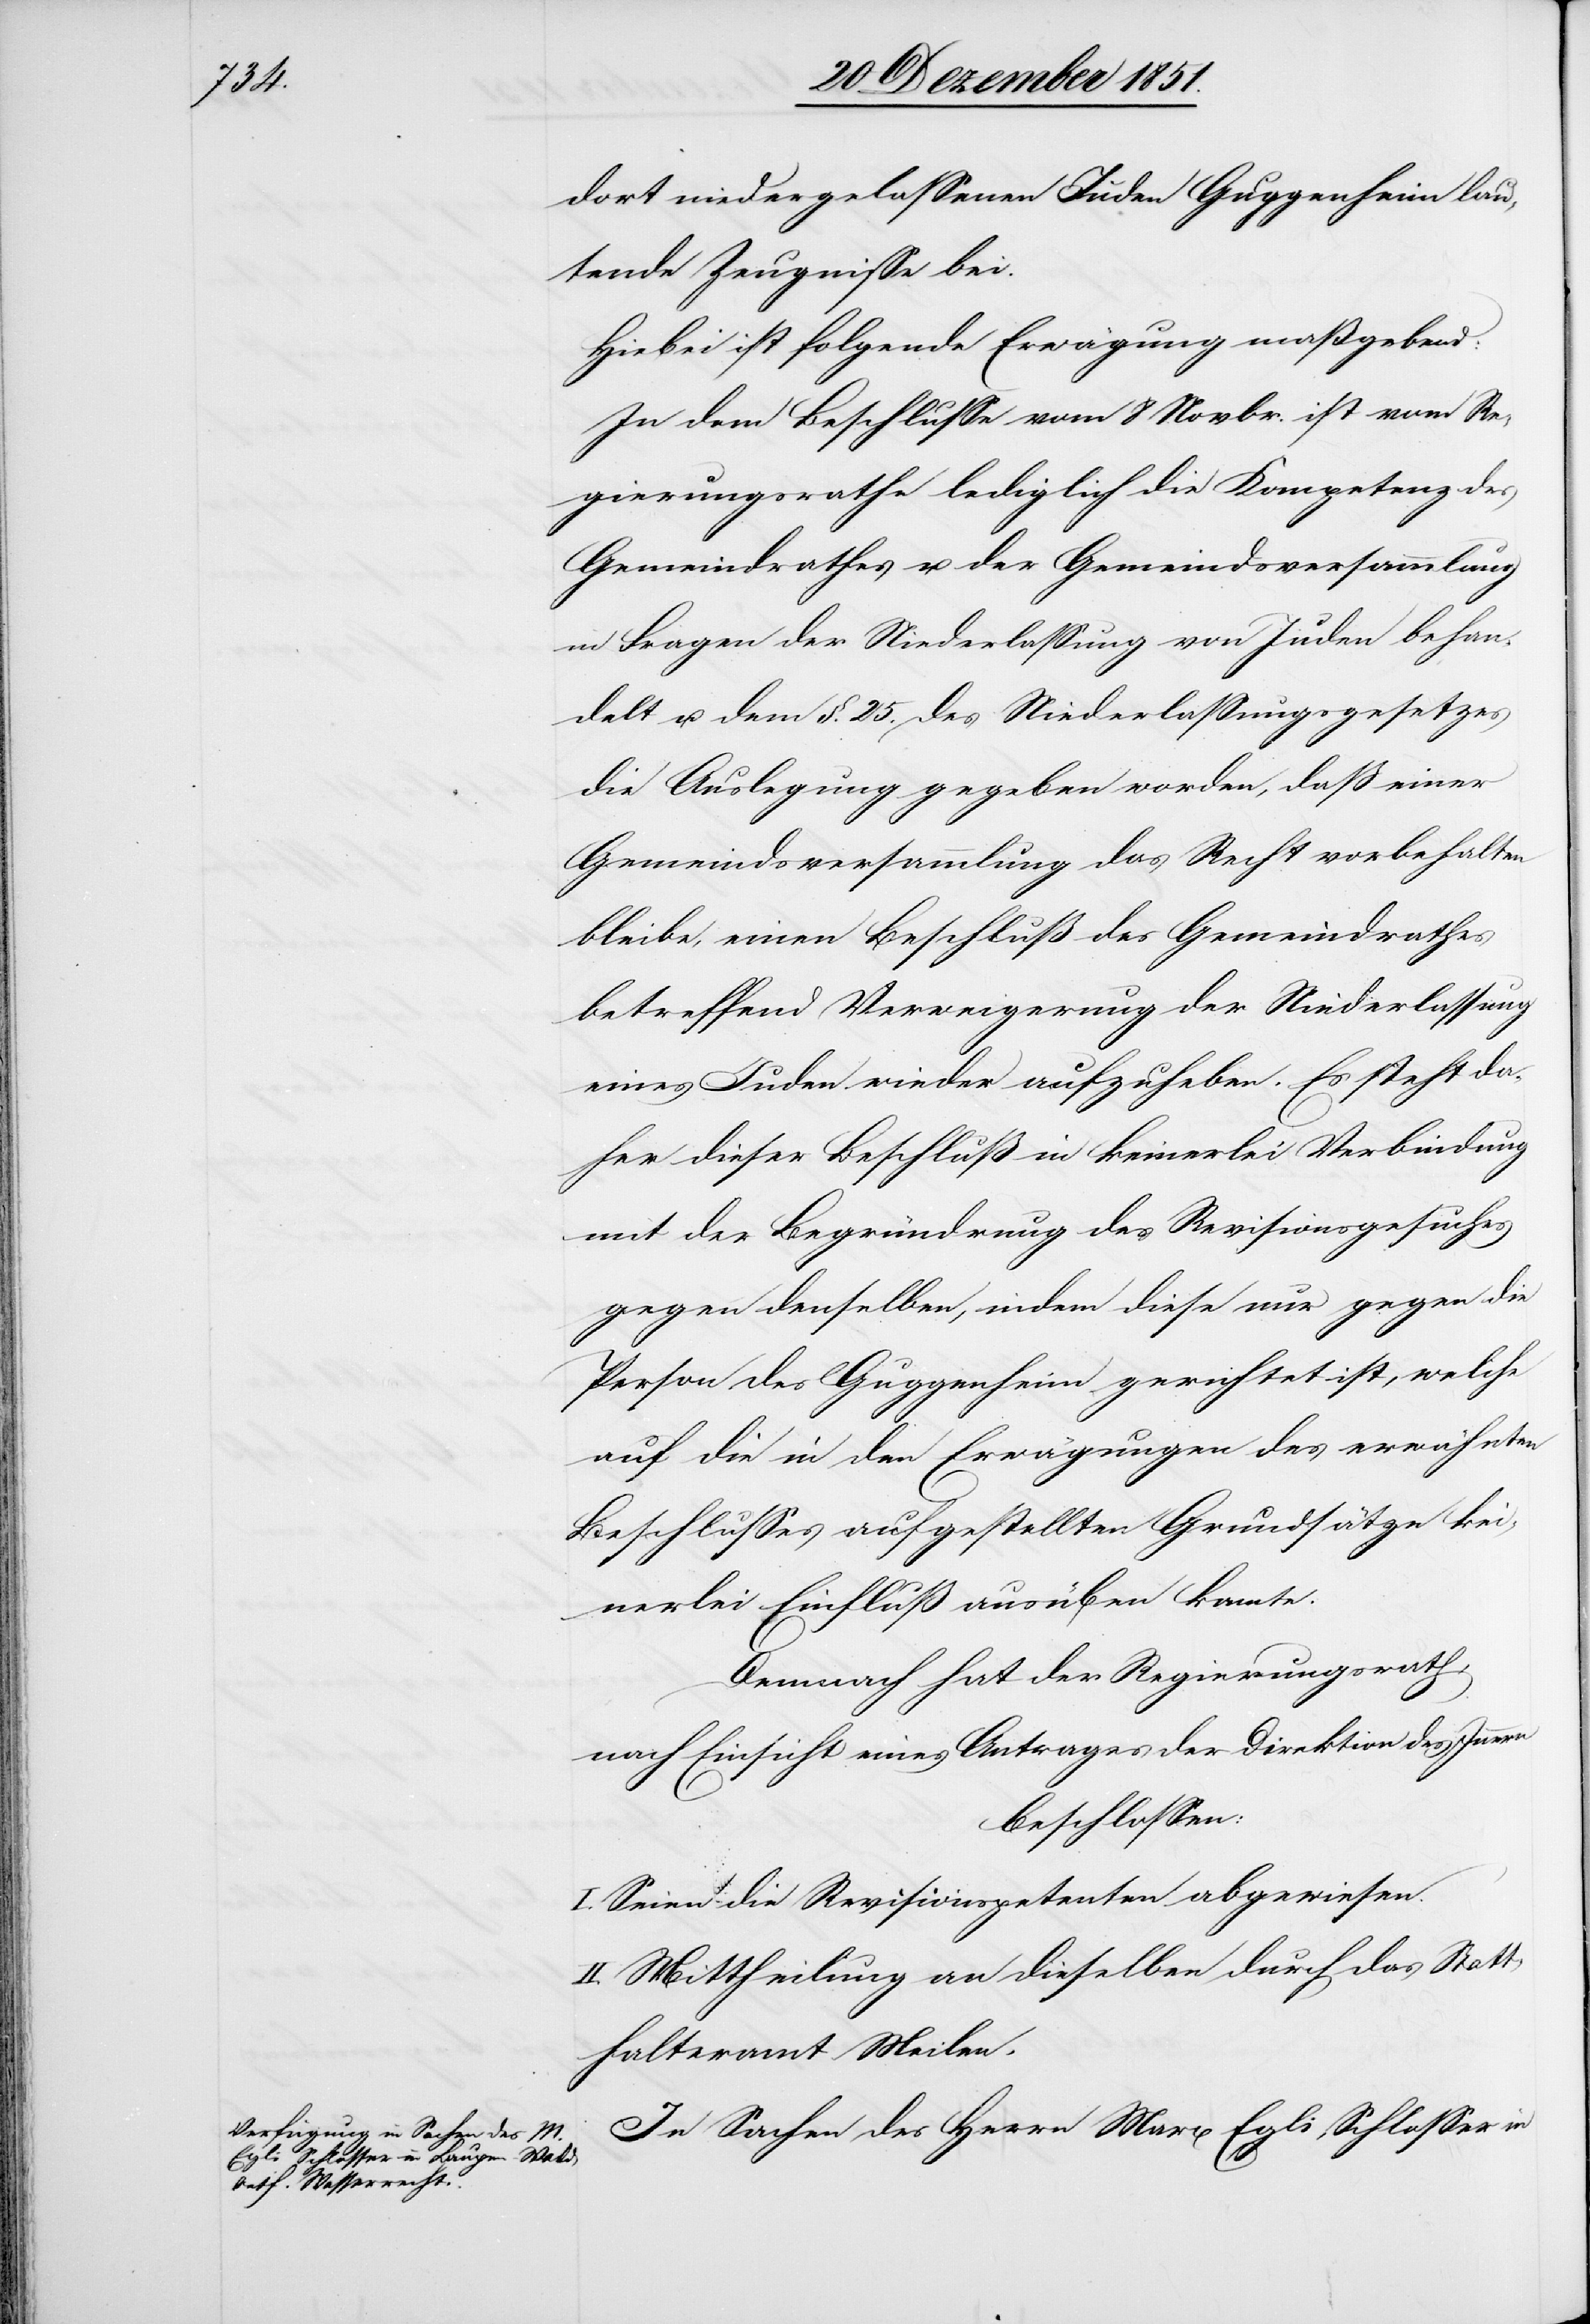
dort niedergelassenen Juden Guggenheim lau¬
tende Zeugnisse bei.
Hiebei ist folgende Erwägung maßgebend:
In dem Beschlusse vom 8 Novbr. ist vom Re¬
gierungsrathe lediglich die Kompetenz des
Gemeindrathes u. der Gemeindsversammlung
in Fragen der Niederlassung von Juden behan¬
delt u. dem §. 25. des Niederlassungsgesetzes
die Auslegung gegeben worden, daß einer
Gemeindsversammlung das Recht vorbehalten
bleibe, einen Beschluß des Gemeindrathes
betreffend Verweigerung der Niederlassung
eines Juden wieder aufzuheben. Es steht da¬
her dieser Beschluß in keinerlei Verbindung
mit der Begründrung [sic!] des Revisionsgesuches
gegen denselben, indem diese nur gegen die
Person des Guggenheim gerichtet ist, welche
auf die in den Erwägungen des erwähnten
Beschlusses aufgestellten Grundsätze kei¬
nerlei Einfluß ausüben konnte.
Demnach hat der Regierungsrath,
nach Einsicht eines Antrages der Direktion des Innern
beschlossen:
I. Seien die Revisionspetenten abgewiesen.
II. Mittheilung an dieselben durch das Statt¬
halteramt Meilen.
In Sachen des Herrn Marx Egli, Schlosser in